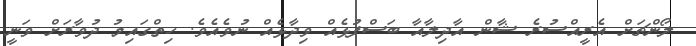
ލޯންޗަށް އެރީއްސުރެ ޝާން އާދިލާއާ ބަސްފުޅެއް ވިދާޅެއް ނުވެއެވެ. ހިތްގައިމު ދުވާރަށް ވަނީ